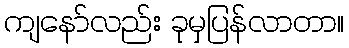
ကျနော်လည်း ခုမှပြန်လာတာ။